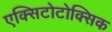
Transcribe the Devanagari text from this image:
एक्सिटोटोक्सिक